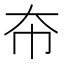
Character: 𫯜